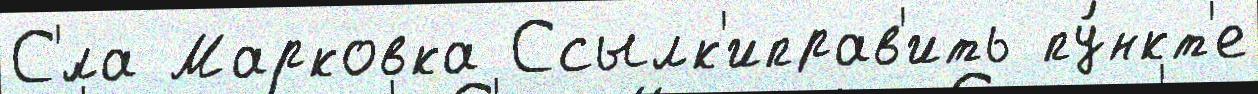
С'́ла Марковка Ссылк'иправ'ить пу́нкт'е